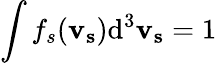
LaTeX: \int f_{s}(\mathbf{v_{s}})\mathrm{d}^{3}\mathbf{v_{s}}=1